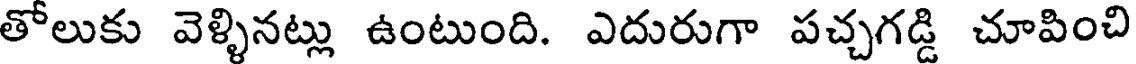
తోలుకు వెళ్ళినట్లు ఉంటుంది. ఎదురుగా పచ్చగడ్డి చూపించి